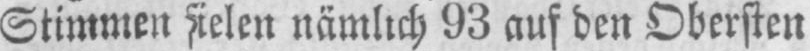
93 auf den Obersten